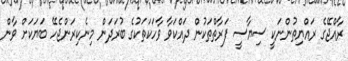
ރާއްޖޭގެ ރައްޔިތުންނަކީ ސިޔާސީ ފަރާތްތަކުން ދައްކަވާ ވާހަކަތަކުގެ ބުރަދަން މިނެކިރަންޖެހޭ ބަޔަކަށް ވާން